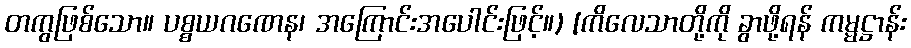
တကွဖြစ်သော။ ပစ္စယဂဏေန၊ အကြောင်းအပေါင်းဖြင့်။) [ကိလေသာတို့ကို ခွာဖို့ရန် ကမ္မဋ္ဌာန်း